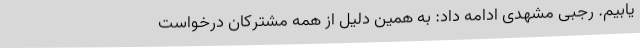
یابیم. رجبی مشهدی ادامه داد: به همین دلیل از همه مشترکان درخواست